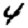
Digit: 4